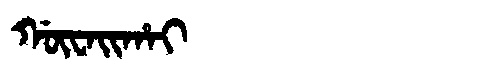
Manchu: ᡤᡡᠸᠠᡳᡥᠠᡳ
Romanization: GŪWAIHAI